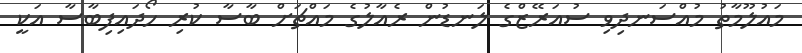
މައުލޫމާތު މުއްސަނދިވި ސުއަރޭޒްގެ ލަނޑުން ރެއާލުގެ މައްޗަށް ބާސާ ކުރި ހޯދައިފިބާސާ އަކީ